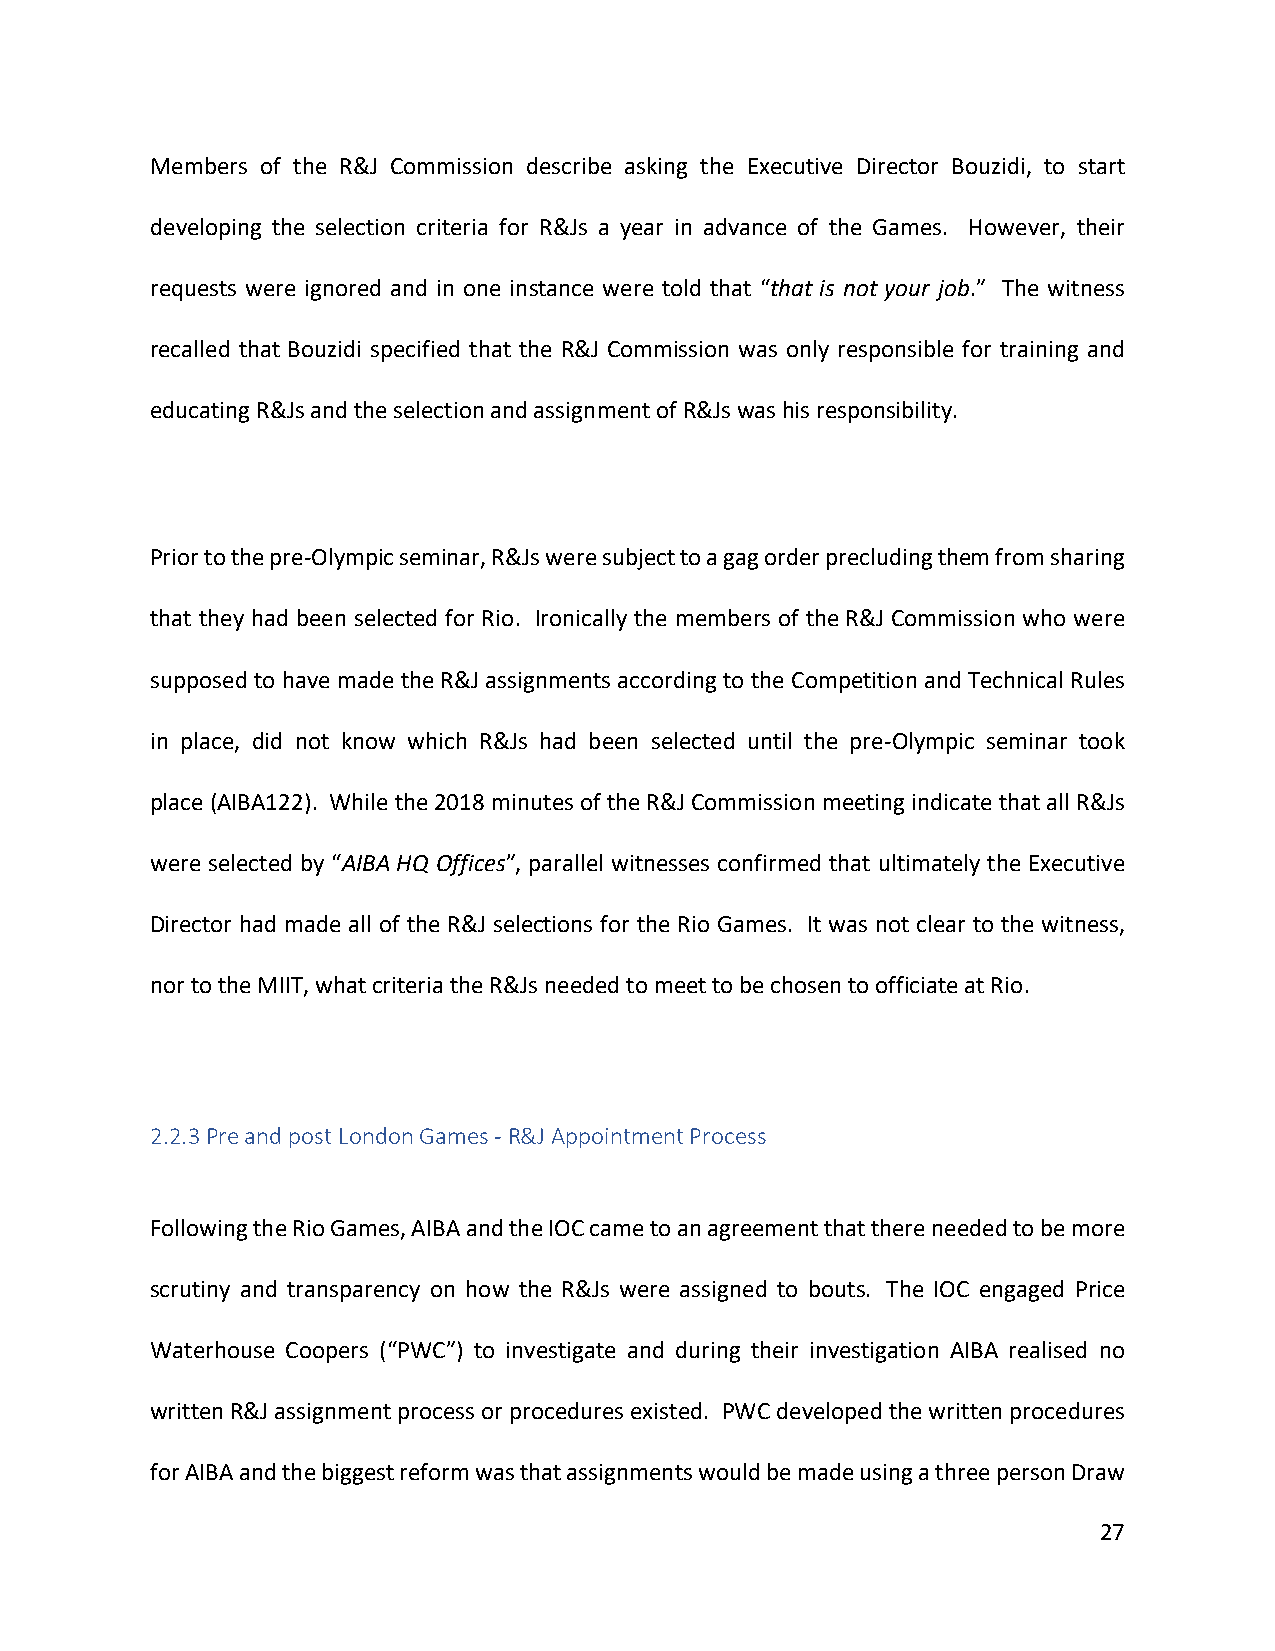
Members of the R&J Commission describe asking the Executive Director Bouzidi, to start
 developing the selection criteria for R&Js a year in advance of the Games. However, their
 requests were ignored and in one instance were told that “that is not your job.” The witness
 recalled that Bouzidi specified that the R&J Commission was only responsible for training and
 educating R&Js and the selection and assignment of R&Js was his responsibility.
 Prior to the pre-Olympic seminar, R&Js were subject to a gag order precluding them from sharing
 that they had been selected for Rio. Ironically the members of the R&J Commission who were
 supposed to have made the R&J assignments according to the Competition and Technical Rules
 in place, did not know which R&Js had been selected until the pre-Olympic seminar took
 place (AIBA122). While the 2018 minutes of the R&J Commission meeting indicate that all R&Js
 were selected by “AIBA HQ Offices”, parallel witnesses confirmed that ultimately the Executive
 Director had made all of the R&J selections for the Rio Games. It was not clear to the witness,
 nor to the MIIT, what criteria the R&Js needed to meet to be chosen to officiate at Rio.
 2.2.3 Pre and post London Games - R&J Appointment Process
 Following the Rio Games, AIBA and the IOC came to an agreement that there needed to be more
 scrutiny and transparency on how the R&Js were assigned to bouts. The IOC engaged Price
 Waterhouse Coopers (“PWC”) to investigate and during their investigation AIBA realised no
 written R&J assignment process or procedures existed. PWC developed the written procedures
 for AIBA and the biggest reform was that assignments would be made using a three person Draw
 27